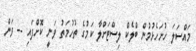
މައްސަލަ ހުށަހެޅުމުން ބްލެކް ލިސްޓަށްލާ ކަމުގެ ތުހުމަތު ވަނީ ކޮށްފައި -- ވަން